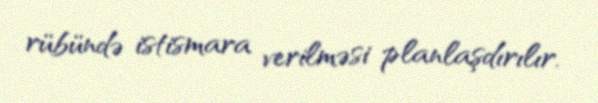
rübündə istismara verilməsi planlaşdırılır.